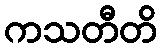
ကသတီတိ